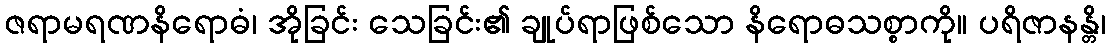
ဇရာမရဏနိရောဓံ၊ အိုခြင်း သေခြင်း၏ ချုပ်ရာဖြစ်သော နိရောဓသစ္စာကို။ ပရိဇာနန္တိ၊